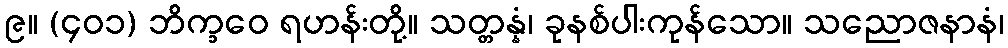
၉။ (၄၀၁) ဘိက္ခဝေ ရဟန်းတို့။ သတ္တန္နံ၊ ခုနစ်ပါးကုန်သော။ သညောဇနာနံ၊